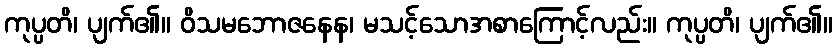
ကုပ္ပတိ၊ ပျက်၏။ ဝိသမဘောဇနေန၊ မသင့်သောအစာကြောင့်လည်း။ ကုပ္ပတိ၊ ပျက်၏။